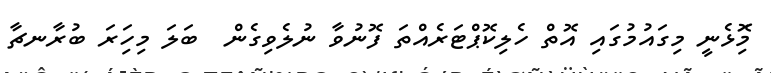
މިަޮޅެނީ މިގައުމުގައި އޮތް ހެލިކޮޕްޓަރެއްތަ ފޮނުވާ ނުލެވިގެން  ބަލަ މިހަިރަ ބުރާނޗާ